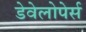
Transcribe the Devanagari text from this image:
डेवेलोपेर्स